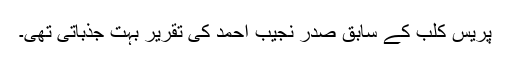
پریس کلب کے سابق صدر نجیب احمد کی تقریر بہت جذباتی تھی۔